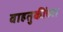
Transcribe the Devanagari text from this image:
वाहतुकींच्या